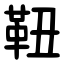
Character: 靵